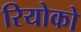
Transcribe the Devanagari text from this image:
रियोको